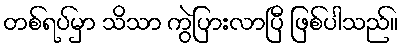
တစ်ရပ်မှာ သိသာ ကွဲပြားလာပြီ ဖြစ်ပါသည်။